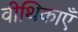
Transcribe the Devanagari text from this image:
वीथिकाएँ